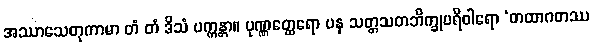
အဿာသေတုကာမာ တံ တံ ဒိသံ ပက္ကန္တာ။ ပုဏ္ဏတ္ထေရော ပန သတ္တသတဘိက္ခုပရိဝါရော ‘တထာဂတဿ